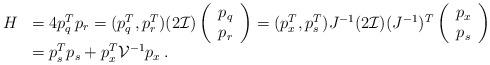
LaTeX: \begin{align*}\begin{array}{lll}H&=4p_q^Tp_r=(p_q^T,p_r^T)(2\mathcal{I})\left(\begin{array}{c}p_q\\p_r\end{array}\right)=(p_x^T,p_s^T)J^{-1}(2\mathcal{I})(J^{-1})^T\left(\begin{array}{c}p_x\\p_s\end{array}\right)\\&= p_s^Tp_s+p_x^T \mathcal{V}^{-1} p_x\,.\end{array}\end{align*}